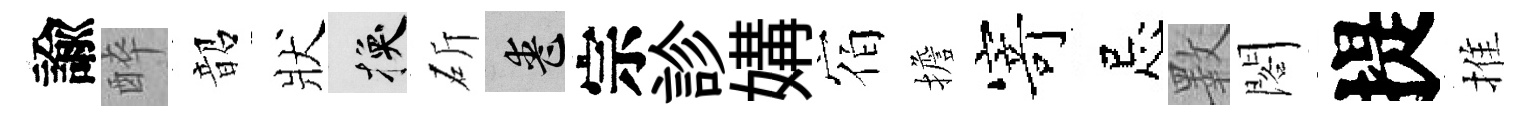
諭醉韶狀换斫喪宗診媾宿擔𭔃忌斁閣提推